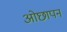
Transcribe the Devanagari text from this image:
ओछापन